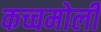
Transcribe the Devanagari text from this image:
कच्चमोली